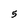
Character: 5